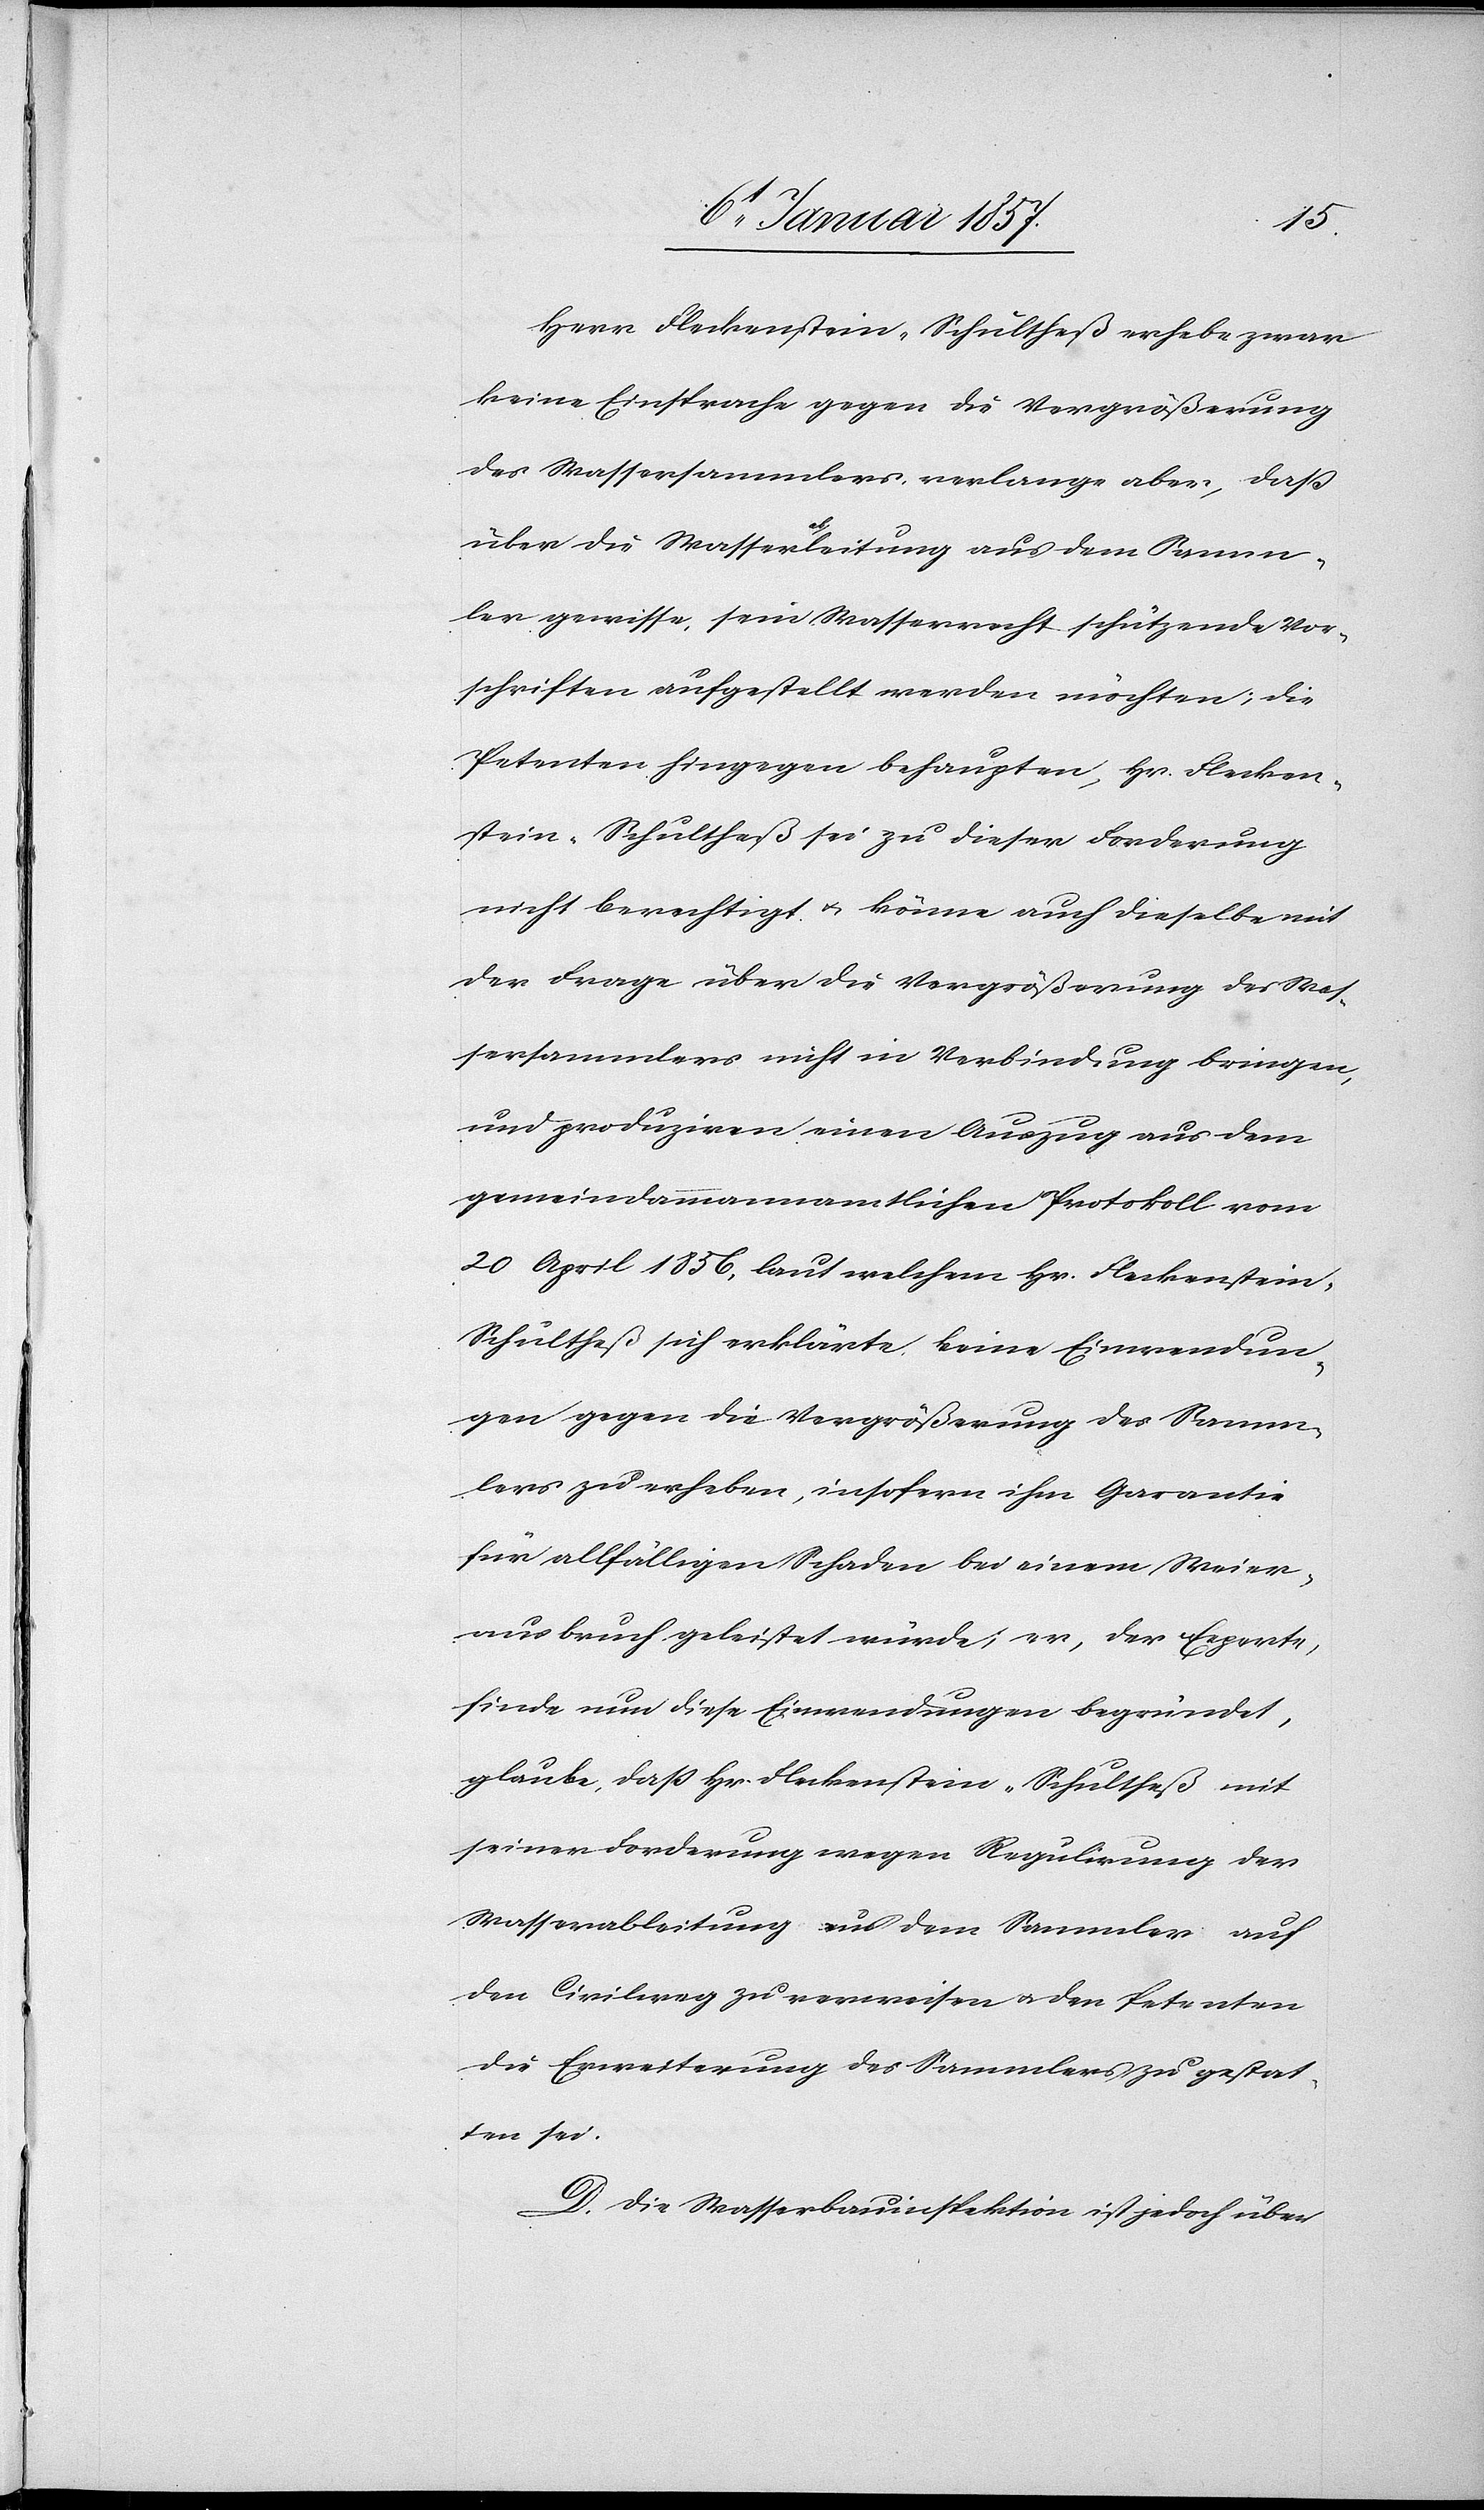
Herr Fleckenstein-Schultheß erhebe zwar
keine Einsprache gegen die Vergrößerung
des Wassersammlers, verlange aber, daß
über die Wassera-ab-aleitung aus dem Samm¬
ler gewisse, sein Wasserrecht schützende Vor¬
schriften aufgestellt werden möchten; die
Petenten hingegen behaupten, Hr. Flecken¬
stein-Schultheß sei zu dieser Forderung
nicht berechtigt u. könne auch dieselbe mit
der Frage über die Vergrößerung des Was¬
sersammlers nicht in Verbindung bringen,
und produziren einen Auszug aus dem
gemeindammannamtlichen Protokoll vom
20 April 1856, laut welchem Hr. Fleckenstein-S¬
chultheß sich erklärte, keine Einwendun¬
gen gegen die Vergrößerung des Samm¬
lers zu erheben, insofern ihm Garantie
für allfälligen Schaden bei einem Weier¬
ausbruch geleistet würde; er, der Experte,
finde nun diese Einwendungen begründet,
glaube, daß Hr. Fleckenstein-Schultheß mit
seiner Forderung wegen Regulirung der
Wasserableitung aus dem Sammler auf
den Civilweg zu verweisen u. den Petenten
die Erweiterung des Sammlers zu gestat¬
ten sei.
D. Die Wasserbauinspektion ist jedoch über